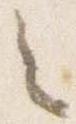
之